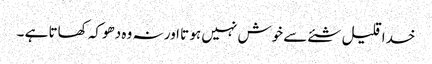
خدا قلیل شئے سے خوش نہیں ہو تا اور نہ وہ دھوکہ کھاتا ہے ۔